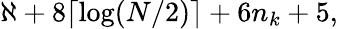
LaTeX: \aleph+8\lceil\log(N/2)\rceil+6n_{k}+5,